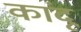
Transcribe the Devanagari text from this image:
कांदू